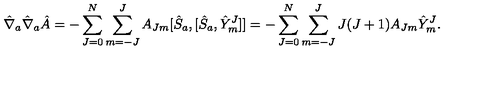
{ \hat { \nabla } } _ { a } { \hat { \nabla } } _ { a } { \hat { A } } = - \sum _ { J = 0 } ^ { N } \sum _ { m = - J } ^ { J } A _ { J m } [ { \hat { S } } _ { a } , [ { \hat { S } } _ { a } , { \hat { Y } } _ { m } ^ { J } ] ] = - \sum _ { J = 0 } ^ { N } \sum _ { m = - J } ^ { J } J ( J + 1 ) A _ { J m } { \hat { Y } } _ { m } ^ { J } .